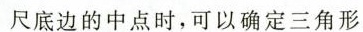
尺底边的中点时，可以确定三角形